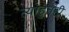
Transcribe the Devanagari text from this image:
त्याहुनही